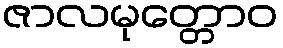
ဇာလမုတ္တောဝ